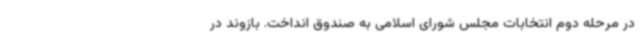
در مرحله دوم انتخابات مجلس شورای اسلامی به صندوق انداخت. بازوند در